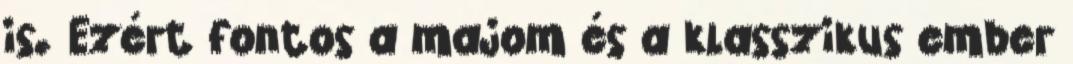
is. Ezért fontos a majom és a klasszikus ember